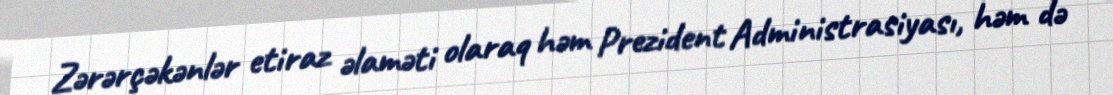
Zərərçəkənlər etiraz əlaməti olaraq həm Prezident Administrasiyası, həm də